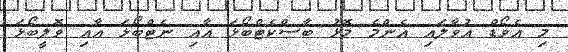
މި އެވޯޑް އުވާލައި އެންމެ މޮޅު ބާސްކެޓްބޯޅަ އާއި ނެޓްބޯޅަ އާއި ވޮލީބޯޅަ